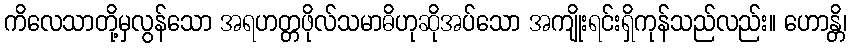
ကိလေသာတို့မှလွန်သော အရဟတ္တဖိုလ်သမာဓိဟုဆိုအပ်သော အကျိုးရင်းရှိကုန်သည်လည်း။ ဟောန္တိ၊